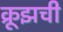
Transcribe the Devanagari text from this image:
क्रूझची